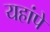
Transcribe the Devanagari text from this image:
यहांपे